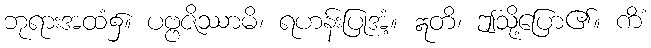
ဘုရားအထံ၌။ ပဗ္ဗဇိဿာမိ၊ ရဟန်းပြုအံ့။ ဣတိ၊ ဤသို့ပြော၏။ ကိံ